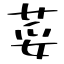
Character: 荽